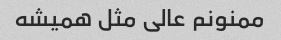
ممنونم عالی مثل همیشه